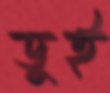
ডুই